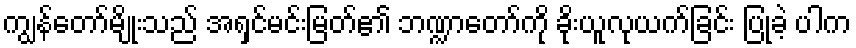
ကျွန်တော်မျိုးသည် အရှင်မင်းမြတ်၏ ဘဏ္ဍာတော်ကို ခိုးယူလုယက်ခြင်း ပြုခဲ့ ပါက